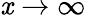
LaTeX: \mathit{x}\to\infty